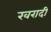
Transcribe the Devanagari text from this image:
खरादी